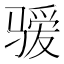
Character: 𱭄